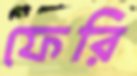
ফেরি